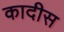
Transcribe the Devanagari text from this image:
कादीस